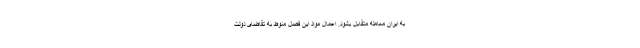
به ایران معامله متقابل بشود. اعمال مواد این فصل منوط به تقاضای دولت